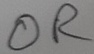
Text: OR